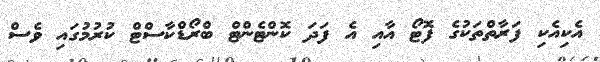
އެކިއެކި ފަރާތްތަކުގެ ފޮޓޯ އާއި އެ ފަދަ ކޮންޓެންޓް ބްރޯޑްކާސްޓް ކުރުމުގައި ވެސް